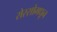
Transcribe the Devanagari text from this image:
रोस्सोमधून